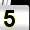
Digit: 5